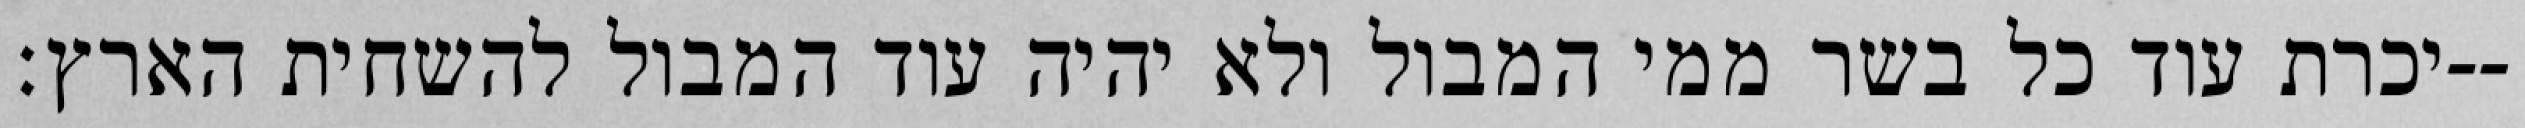
יכרת עוד כל בשר ממי המבול ולא יהיה עוד המבול להשחית הארץ׃--